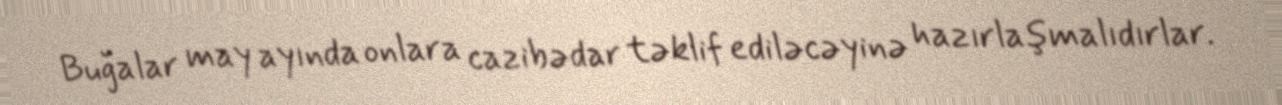
Buğalar may ayında onlara cazibədar təklif ediləcəyinə hazırlaşmalıdırlar.